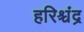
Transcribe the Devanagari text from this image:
हरिश्चंद्र